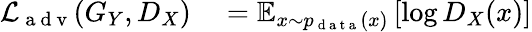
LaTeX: \begin{array}{rl}{\mathcal{L}_{\mathrm{~a~d~v~}}(G_{Y},D_{X})}&{{}=\mathbb{E}_{x\sim p_{\mathrm{~d~a~t~a~}}(x)}\left[\log D_{X}(x)\right]}\end{array}